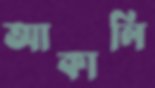
আকালি